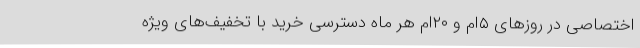
اختصاصی در روزهای ۵ام و ۲۰ام هر ماه دسترسی خرید با تخفیف‌های ویژه